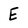
Character: E